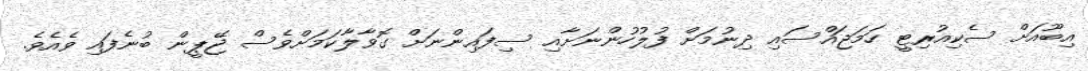
އިބޫއަށް ސެކިއުރިޓީ ހަމަޖައްސައި ދިނުމަށް ފުލުހުންނަށާއި ސިފައިންނަށް ގޮވާލާކަމަށްވެސް ޖޭޕީން ބުނެފައި ވެއެވެ.